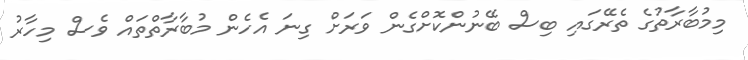
މިމުބާރާތުގެ ތެރޭގައި ބިސް ބޭނުންކޮށްގެން ވަރަށް ގިނަ އެހެން މުބާރާތްތައް ވެސް މިހާރު